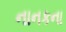
નાનકના